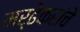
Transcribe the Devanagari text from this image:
मर्ढेकरांचे